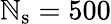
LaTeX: \mathbb{N}_{\mathrm{{s}}}=500